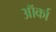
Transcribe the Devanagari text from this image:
ऑर्का